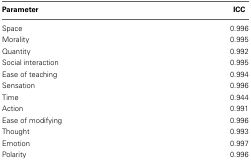
| Parameter | ICC |
 | --- | --- |
 | Space | 0.996 |
 | Morality | 0.995 |
 | Quantity | 0.992 |
 | Social interaction | 0.995 |
 | Ease of teaching | 0.994 |
 | Sensation | 0.996 |
 | Time | 0.944 |
 | Action | 0.991 |
 | Ease of modifying | 0.996 |
 | Thought | 0.993 |
 | Emotion | 0.997 |
 | Polarity | 0.996 |